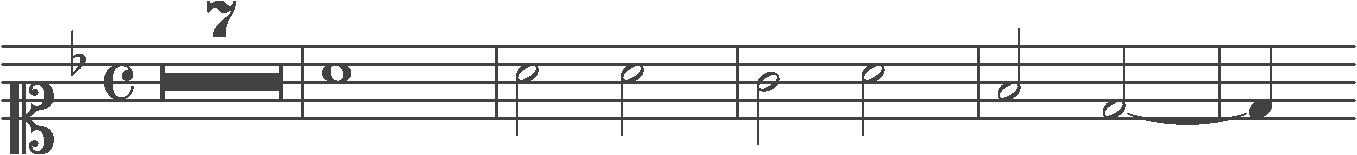
Transcription: clef-C1 keySignature-FM timeSignature-C multirest-7 barline note-A4_whole barline note-A4_half note-A4_half barline note-G4_half note-A4_half barline note-F4_half note-D4_half barline note-D4_quarter